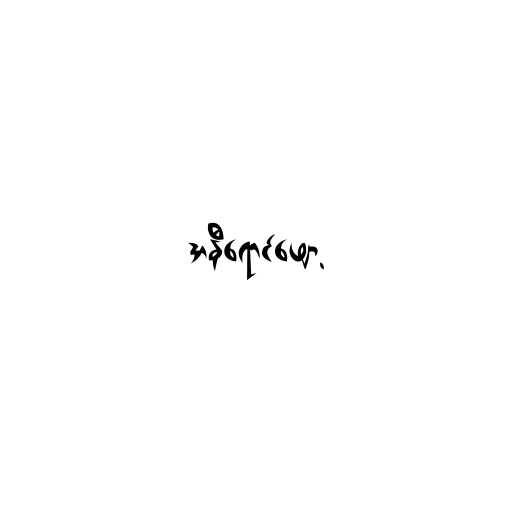
အနီရောင်ဖျော့